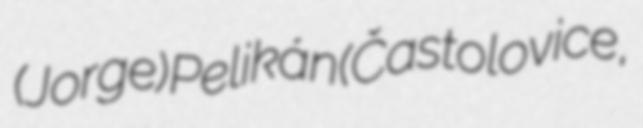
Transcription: (Jorge) Pelikán (Častolovice,